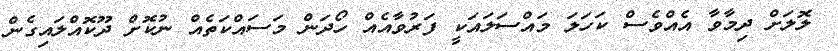
ލޮލަށް ދިމާވާ އެއްވެސް ކަހަލަ މައްސަލައަކީ ފަރުވާއެއް ހޯދަން މަސައްކަތެއް ނުކޮށް ދޫކޮއްލައިގެން